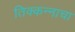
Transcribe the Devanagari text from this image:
तिक्कन्नाचा